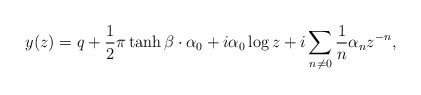
\begin{align*}y(z) = q + \frac{1}{2}\pi \tanh \beta \cdot \alpha _0 + i\alpha _0\log z + i\sum _{n\neq 0}\frac{1}{n}\alpha _nz^{-n},\end{align*}